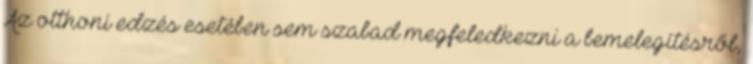
Az otthoni edzés esetében sem szabad megfeledkezni a bemelegítésről,